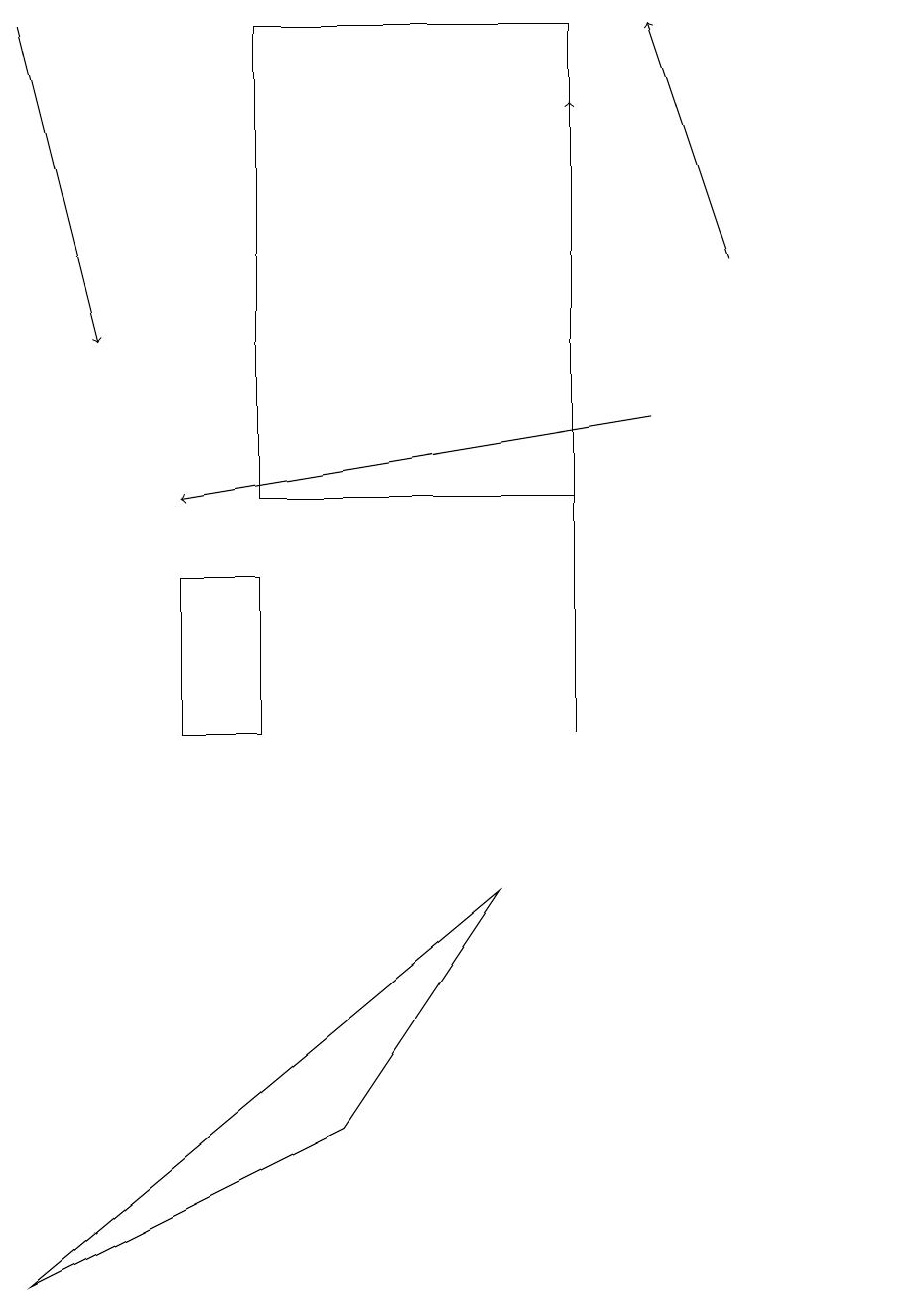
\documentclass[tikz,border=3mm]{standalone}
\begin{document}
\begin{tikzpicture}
\draw (7,19) rectangle (3,13);
\draw[->] (9,16) -- (8,19);
\draw (3,12) rectangle (2,10);
\draw (11,10) circle (0);
\draw[->] (8,14) -- (2,13);
\draw (6,8) -- (4,5) -- (0,3) -- cycle;
\draw[->] (0,19) -- (1,15);
\draw[->] (7,10) -- (7,18);
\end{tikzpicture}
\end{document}